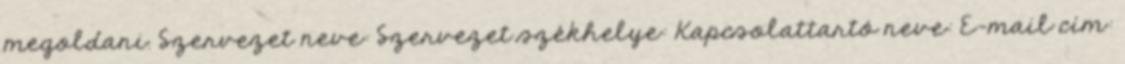
megoldani. Szervezet neve: Szervezet székhelye: Kapcsolattartó neve: E-mail cím: